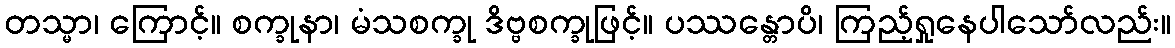
တသ္မာ၊ ကြောင့်။ စက္ခုနာ၊ မံသစက္ခု ဒိဗ္ဗစက္ခုဖြင့်။ ပဿန္တောပိ၊ ကြည့်ရှုနေပါသော်လည်း။